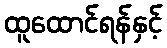
ထူထောင်ရန်နှင့်